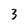
Character: 3